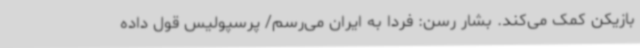
بازیکن کمک می‌کند. بشار رسن: فردا به ایران می‌رسم/ پرسپولیس قول داده